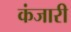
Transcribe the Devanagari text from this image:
कंजारी